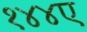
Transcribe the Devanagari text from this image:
१४४ए